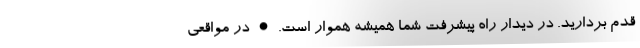
قدم بردارید. در دیدار راه پیشرفت شما همیشه هموار است. • در مواقعی